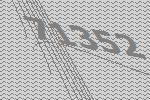
71352